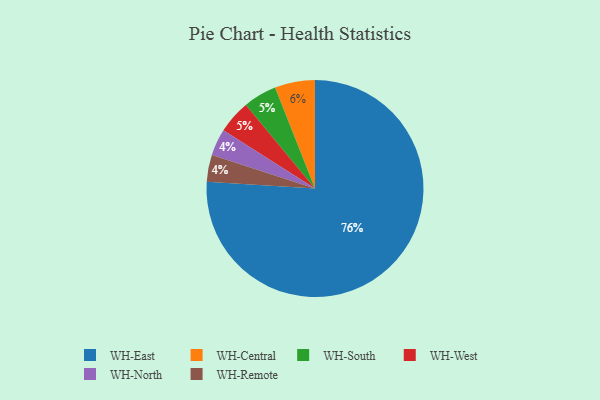
{"axis": {"x": "Category", "y": "Percentage"}, "legend": ["WH-Central", "WH-East", "WH-North", "WH-Remote", "WH-South", "WH-West"], "data": [{"x": "WH-South", "y": 5, "type": "WH-South"}, {"x": "WH-West", "y": 5, "type": "WH-West"}, {"x": "WH-North", "y": 4, "type": "WH-North"}, {"x": "WH-Remote", "y": 4, "type": "WH-Remote"}, {"x": "WH-Central", "y": 6, "type": "WH-Central"}, {"x": "WH-East", "y": 76, "type": "WH-East"}]}